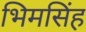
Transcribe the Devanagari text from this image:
भिमसिंह